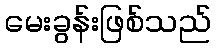
မေးခွန်းဖြစ်သည်